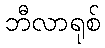
ဘီလာရုစ်